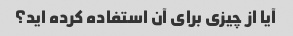
آیا از چیزی برای آن استفاده کرده اید؟